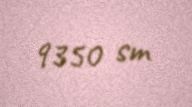
9350 sm